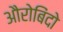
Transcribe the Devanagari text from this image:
औरोबिंदो